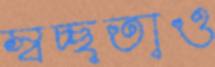
স্বচ্ছতাও